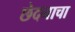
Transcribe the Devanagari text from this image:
छेदनाचा